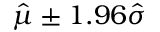
{ \hat { \mu } } \pm 1 . 9 6 { \hat { \sigma } }